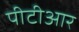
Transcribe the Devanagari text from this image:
पीटीआर